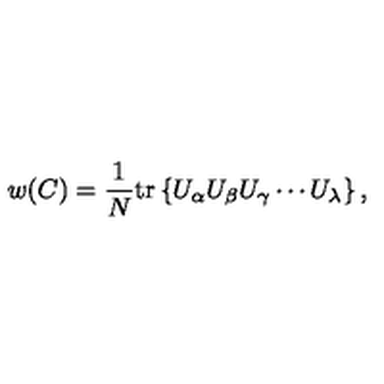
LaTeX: w ( C ) = \frac { 1 } { N } \mathrm { t r } \left\{ U _ { \alpha } U _ { \beta } U _ { \gamma } \cdots U _ { \lambda } \right\} ,